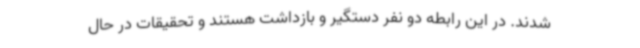
شدند. در این رابطه دو نفر دستگیر و بازداشت هستند و تحقیقات در حال